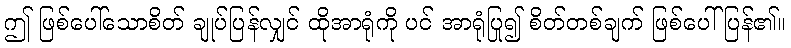
ဤ ဖြစ်ပေါ်သောစိတ် ချုပ်ပြန်လျှင် ထိုအာရုံကို ပင် အာရုံပြု၍ စိတ်တစ်ချက် ဖြစ်ပေါ်ပြန်၏။